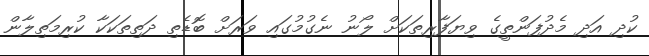
ކުދި އަދި މެދުފަންތީގެ ވިޔަފާރިތަކަށް ލޯނު ނެގުމުގައި ވަރަށް ބޮޑެތި ދަތިތަކަކާ ކުރިމަތިލާން